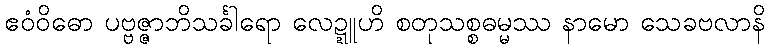
ဧဝံဝိဓော ပဗ္ဗဇ္ဇာဘိသင်္ခါရော လေဍ္ဍူဟိ စတုသစ္စဓမ္မဿ နာမော သေခဗလာနိ